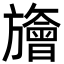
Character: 旝